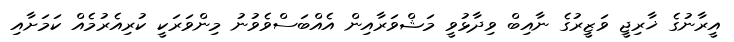
އީރާނުގެ ޚާރިޖީ ވަޒީރުގެ ނާއިބް ވިދާޅުވީ މަޝްވަރާއިން އެއްބަސްވެވުނު މިންވަރަކީ ކުރިއެރުމެއް ކަމަށާއި